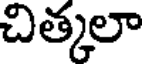
చిత్కలా